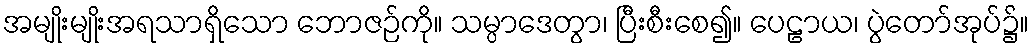
အမျိုးမျိုးအရသာရှိသော ဘောဇဉ်ကို။ သမ္ပာဒေတွာ၊ ပြီးစီးစေ၍။ ပေဠာယ၊ ပွဲတော်အုပ်၌။